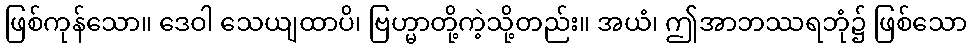
ဖြစ်ကုန်သော။ ဒေဝါ သေယျထာပိ၊ ဗြဟ္မာတို့ကဲ့သို့တည်း။ အယံ၊ ဤအာဘဿရဘုံ၌ ဖြစ်သော